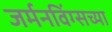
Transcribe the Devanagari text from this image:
जर्मनविंग्सच्या